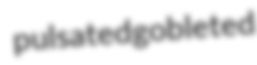
pulsated gobleted